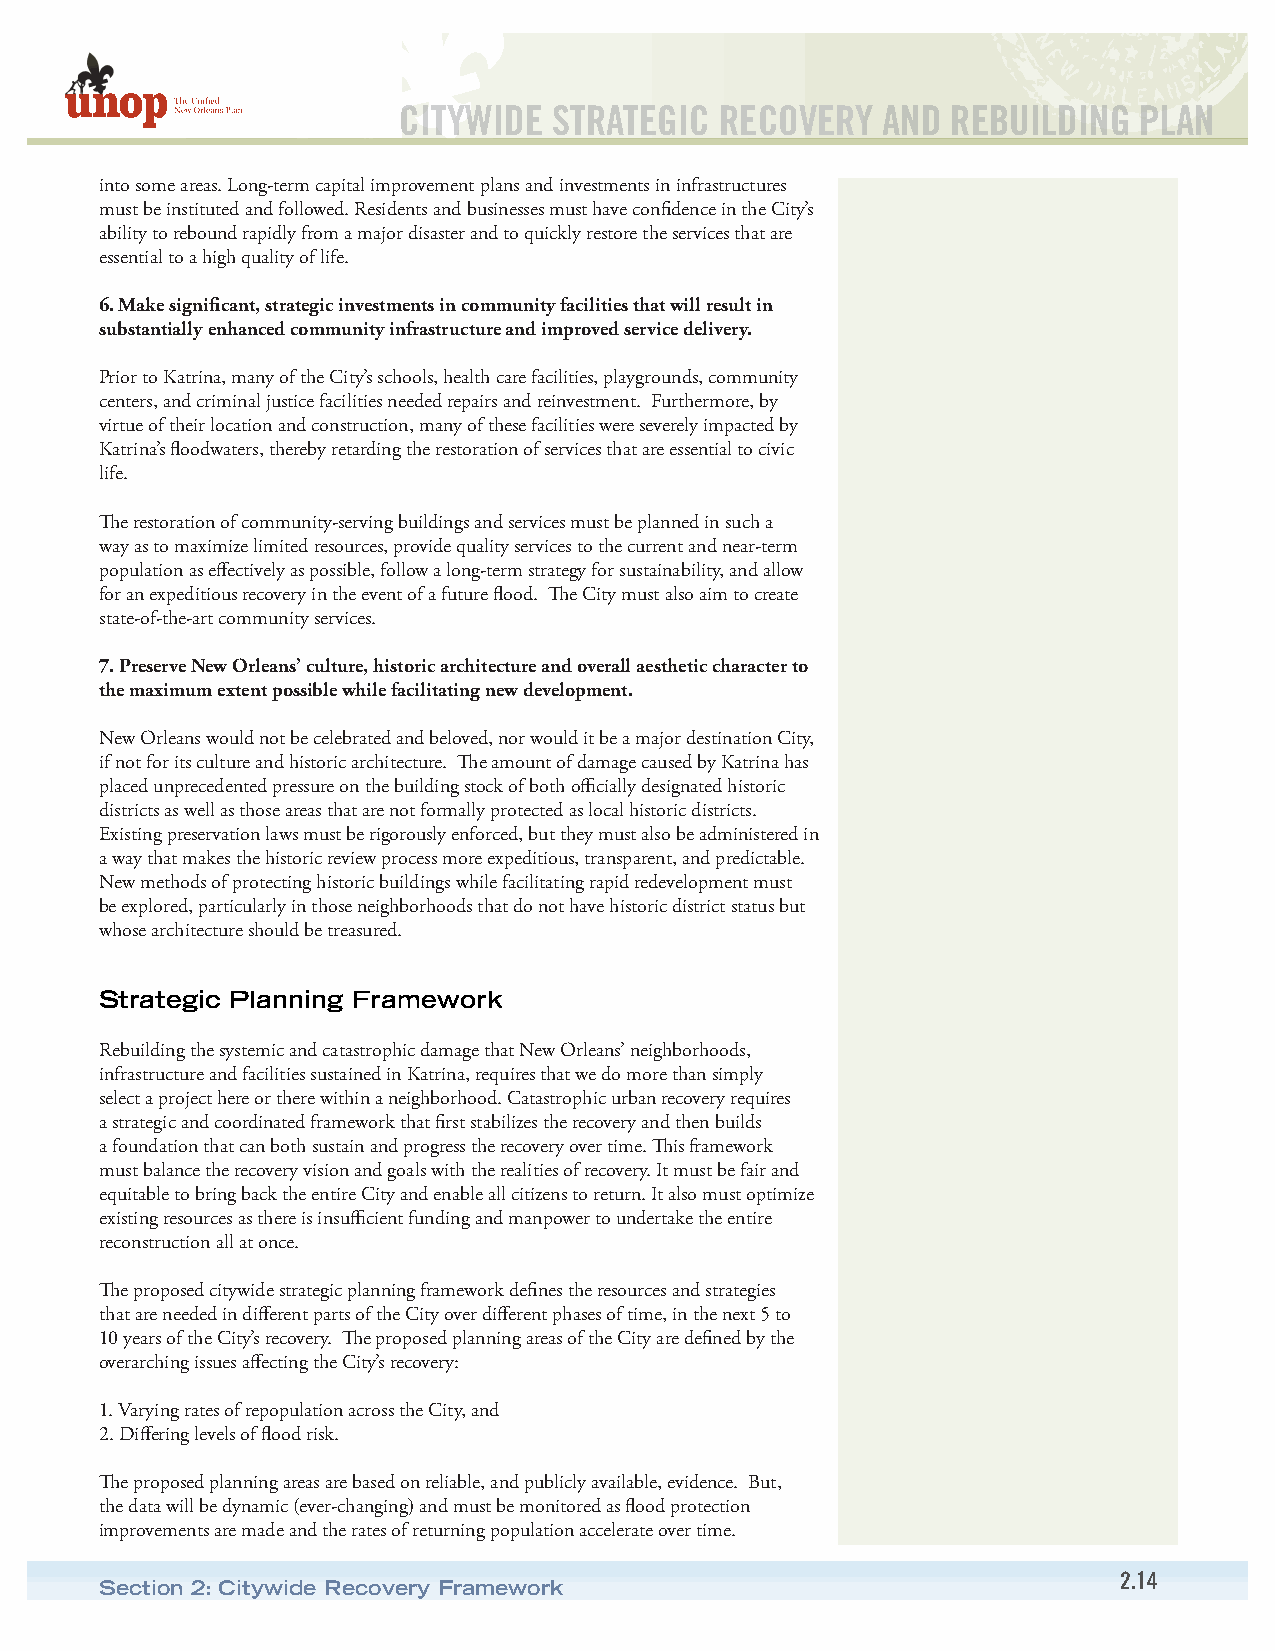
CITYWIDE   STRATEGIC  RECOVERY  AND  REBUILDING  PLAN
 into some areas. Long-term capital improvement plans and investments in infrastructures
 must be instituted and followed. Residents and businesses must have confidence in the City’s
 ability to rebound rapidly from a major disaster and to quickly restore the services that are
 essential to a high quality of life.
 6. Make significant, strategic investments in community facilities that will result in
 substantially enhanced community infrastructure and improved service delivery.
 Prior to Katrina, many of the City’s schools, health care facilities, playgrounds, community
 centers, and criminal justice facilities needed repairs and reinvestment. Furthermore, by
 virtue of their location and construction, many of these facilities were severely impacted by
 Katrina’s floodwaters, thereby retarding the restoration of services that are essential to civic
 life.
 The restoration of community-serving buildings and services must be planned in such a
 way as to maximize limited resources, provide quality services to the current and near-term
 population as effectively as possible, follow a long-term strategy for sustainability, and allow
 for an expeditious recovery in the event of a future flood. The City must also aim to create
 state-of-the-art community services.
 7. Preserve New Orleans’ culture, historic architecture and overall aesthetic character to
 the maximum extent possible while facilitating new development.
 New Orleans would not be celebrated and beloved, nor would it be a major destination City,
 if not for its culture and historic architecture. The amount of damage caused by Katrina has
 placed unprecedented pressure on the building stock of both officially designated historic
 districts as well as those areas that are not formally protected as local historic districts.
 Existing preservation laws must be rigorously enforced, but they must also be administered in
 a way that makes the historic review process more expeditious, transparent, and predictable.
 New methods of protecting historic buildings while facilitating rapid redevelopment must
 be explored, particularly in those neighborhoods that do not have historic district status but
 whose architecture should be treasured.
 Strategic Planning Framework
 Rebuilding the systemic and catastrophic damage that New Orleans’ neighborhoods,
 infrastructure and facilities sustained in Katrina, requires that we do more than simply
 select a project here or there within a neighborhood. Catastrophic urban recovery requires
 a strategic and coordinated framework that first stabilizes the recovery and then builds
 a foundation that can both sustain and progress the recovery over time. This framework
 must balance the recovery vision and goals with the realities of recovery. It must be fair and
 equitable to bring back the entire City and enable all citizens to return. It also must optimize
 existing resources as there is insufficient funding and manpower to undertake the entire
 reconstruction all at once.
 The proposed citywide strategic planning framework defines the resources and strategies
 that are needed in different parts of the City over different phases of time, in the next 5 to
 10 years of the City’s recovery. The proposed planning areas of the City are defined by the
 overarching issues affecting the City’s recovery:
 1. Varying rates of repopulation across the City, and
 2. Differing levels of flood risk.
 The proposed planning areas are based on reliable, and publicly available, evidence. But,
 the data will be dynamic (ever-changing) and must be monitored as flood protection
 improvements are made and the rates of returning population accelerate over time.
 2.14
 Section 2: Citywide Recovery Framework